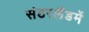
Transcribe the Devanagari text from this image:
संडरलैंडमें